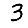
Digit: 3